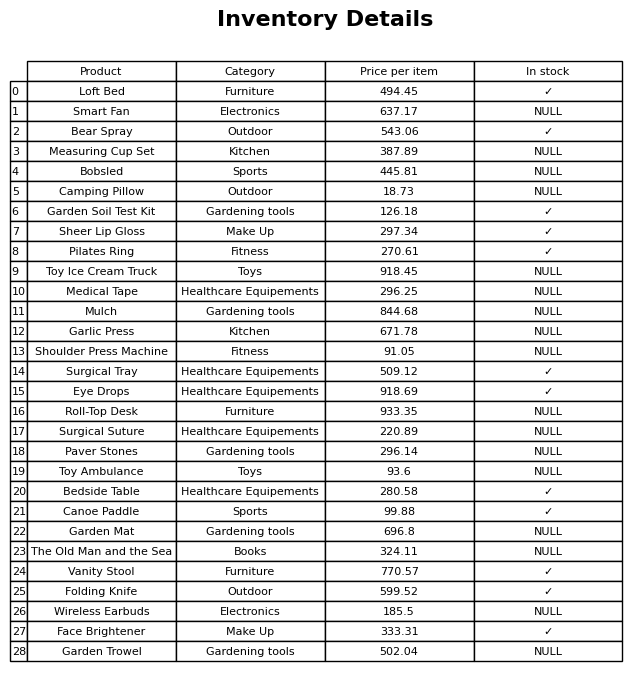
question: What is the price for Garden Trowel?
answer: The price of Garden Trowel is 502.04.